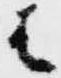
は